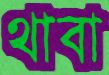
থাবা